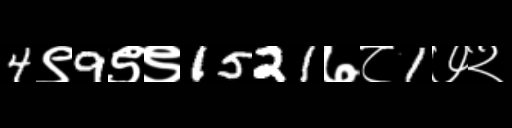
Text: 4९9९९1521७८1७२